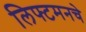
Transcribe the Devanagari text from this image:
लिफ्टमनचे